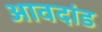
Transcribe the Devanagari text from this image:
आवदांड